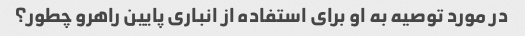
در مورد توصیه به او برای استفاده از انباری پایین راهرو چطور؟